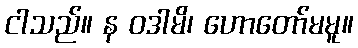
ငါသည်။ န ဝဒါမိ၊ ဟောတော်မမူ။